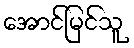
အောင်မြင်သူ